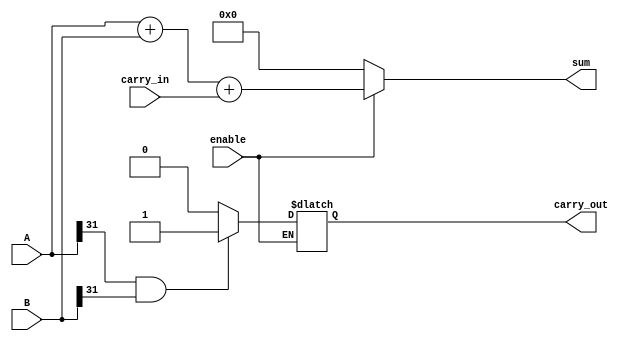
module adder (
    input [31:0] A,
    input [31:0] B,
    input enable,
    input carry_in,
    output reg [32:0] sum,
    output reg carry_out
);

always @(*) begin
    if(enable) begin
        if(A[31] && B[31]) begin // overflow condition for signed inputs
            carry_out <= 1;
        end else begin
            carry_out <= 0;
        end

        sum = A + B + carry_in; // perform addition operation
    end else begin
        sum = 0;
    end
end

endmodule